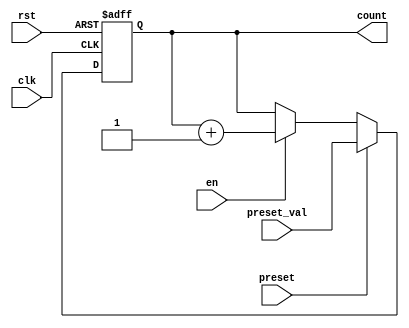
module presettable_counter #(
    parameter WIDTH = 8 // Define the width of the counter (default is 8 bits)
)(
    input wire clk,                // Clock signal
    input wire rst,                // Asynchronous reset signal
    input wire preset,             // Preset control signal
    input wire [WIDTH-1:0] preset_val, // Value to load into the counter
    input wire en,                 // Enable signal for counting
    output reg [WIDTH-1:0] count   // Current count value
);

// Asynchronous reset and preset logic
always @(posedge clk or posedge rst) begin
    if (rst) begin
        count <= 0; // Reset the counter to zero
    end else if (preset) begin
        count <= preset_val; // Load the preset value into the counter
    end else if (en) begin
        count <= count + 1; // Increment the counter
    end
end

endmodule